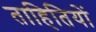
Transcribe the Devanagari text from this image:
ताहितियों